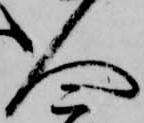
人